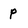
Character: p